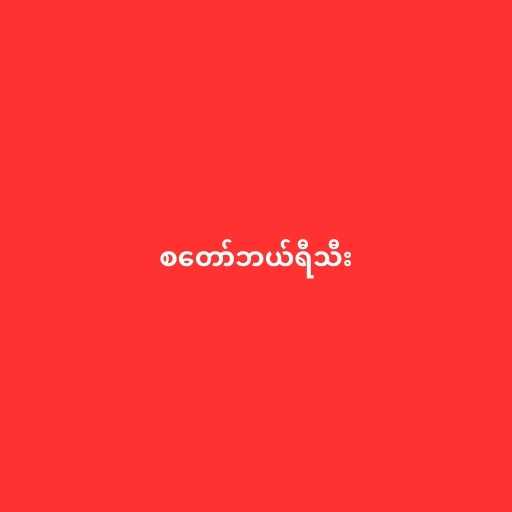
စတော်ဘယ်ရီသီး